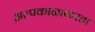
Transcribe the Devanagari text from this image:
अल्पकाळाकरता